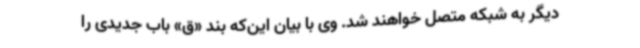
دیگر به شبکه متصل خواهند شد. وی با بیان این‌که بند «ق» باب جدیدی را